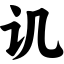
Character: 讥